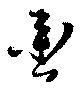
轡